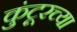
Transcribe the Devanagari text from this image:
कुंटूरच्या